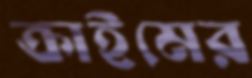
ক্রাইমের